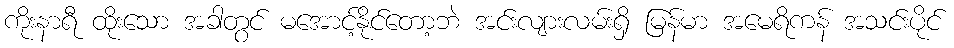
ကိုးနာရီ ထိုးသော အခါတွင် မအောင့်နိုင်တော့ဘဲ အင်းလျားလမ်းရှိ မြန်မာ အမေရိကန် အသင်းပိုင်